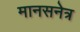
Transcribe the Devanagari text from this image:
मानसनेत्र